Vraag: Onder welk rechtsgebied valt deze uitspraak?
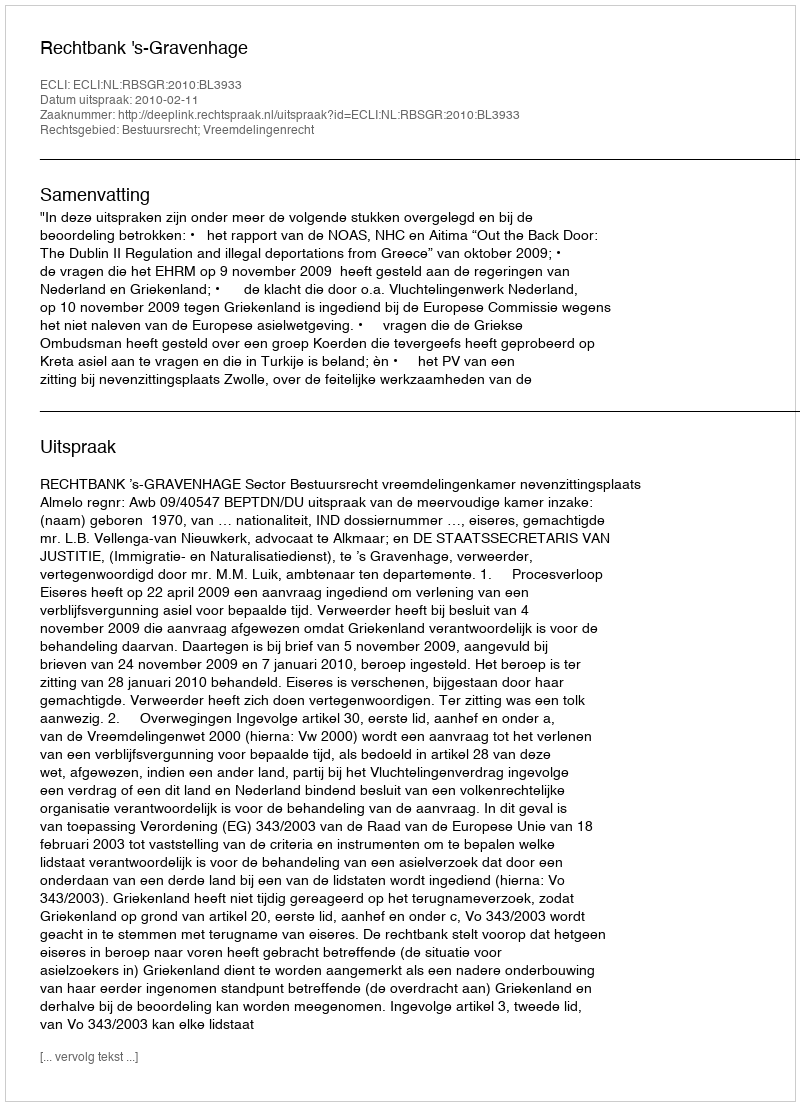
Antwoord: Bestuursrecht; Vreemdelingenrecht